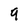
Character: 9